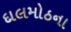
દાલમોઠના